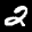
Label: 2